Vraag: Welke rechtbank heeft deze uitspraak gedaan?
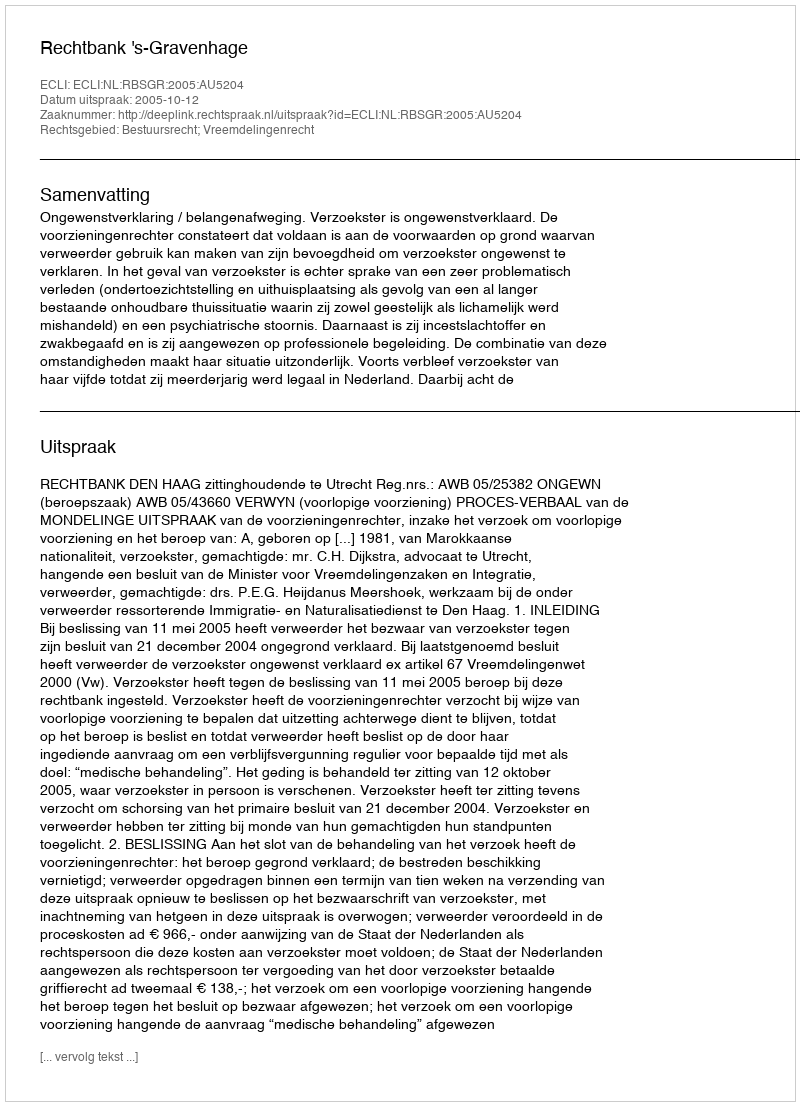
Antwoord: Rechtbank 's-Gravenhage